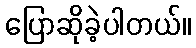
ပြောဆိုခဲ့ပါတယ်။